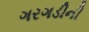
ગરગડીની